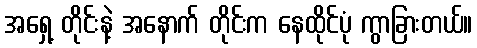
အရှေ့ တိုင်းနဲ့ အနောက် တိုင်းက နေထိုင်ပုံ ကွာခြားတယ်။